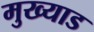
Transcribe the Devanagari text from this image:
मुख्याड